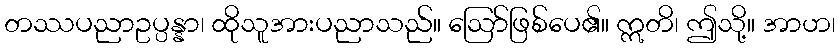
တဿပညာဥပ္ပန္နာ၊ ထိုသူအားပညာသည်။ ဩော်ဖြစ်ပေ၏။ ဣတိ၊ ဤသို့။ အာဟ၊